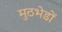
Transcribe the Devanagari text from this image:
मुठभेडों